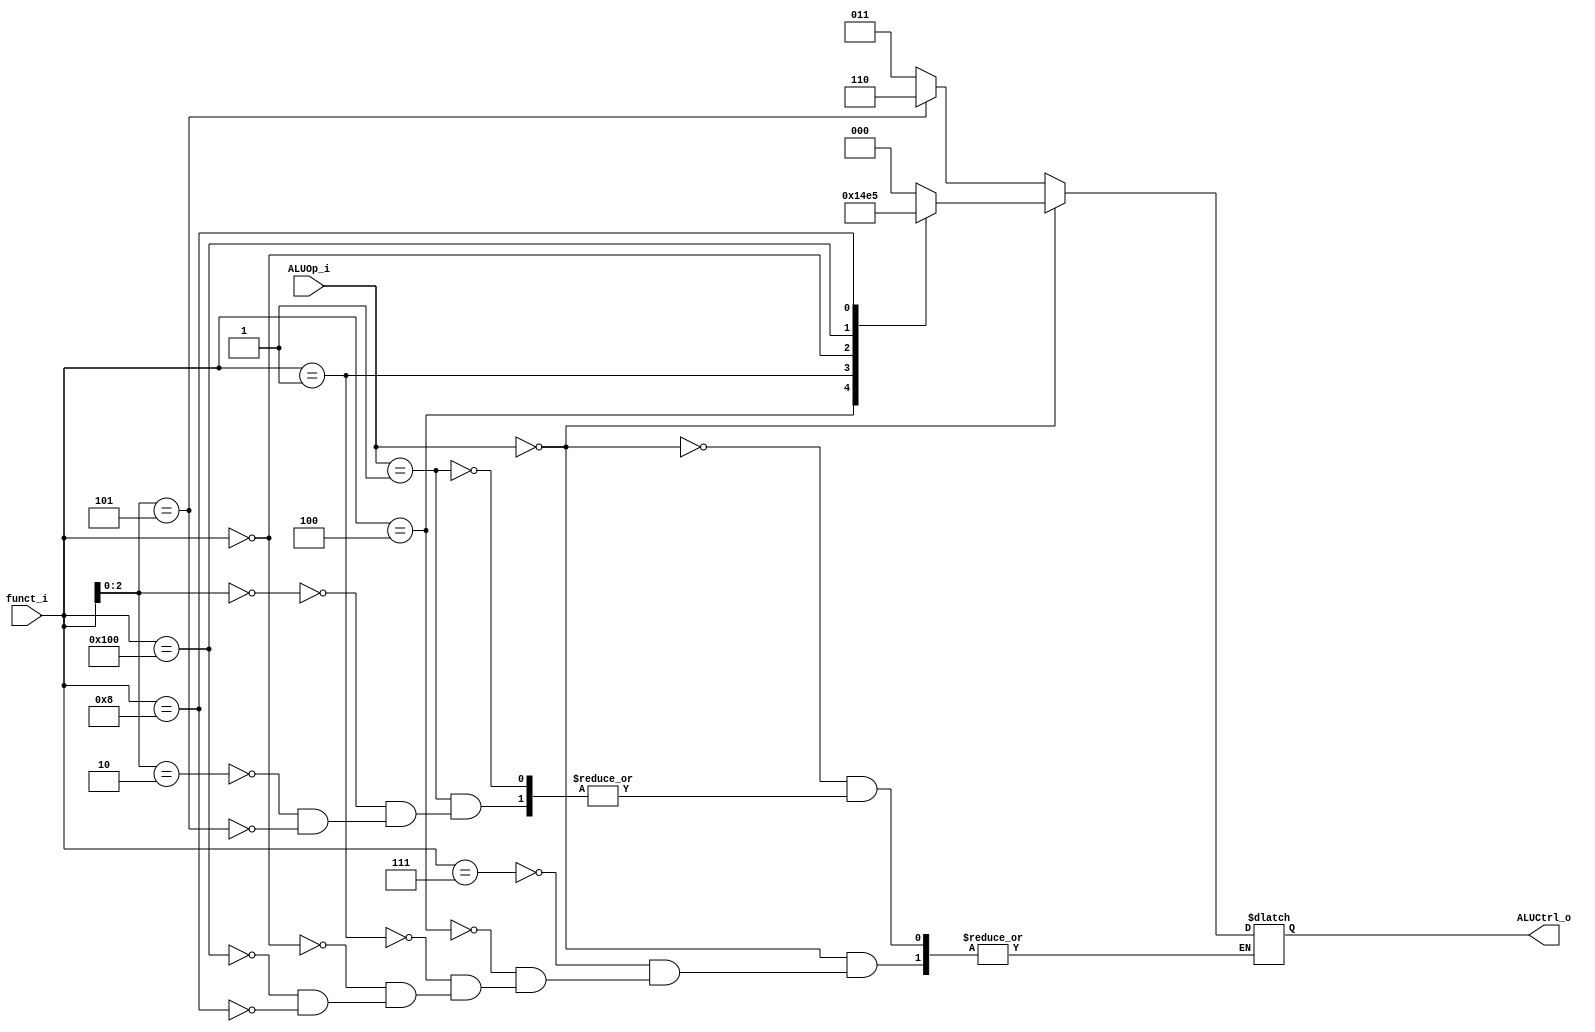
module ALU_Control(
  funct_i,
  ALUOp_i,
  ALUCtrl_o
);

input          [9:0] funct_i;
input          [1:0] ALUOp_i;
output reg     [2:0] ALUCtrl_o;

`define AND 3'b000
`define XOR 3'b001
`define SLL 3'b010
`define ADD 3'b011
`define SUB 3'b100
`define MUL 3'b101
`define SRAI 3'b110

`define ALUOP_RTYPE 2'b00
`define ALUOP_IMM 2'b01

`define  FUNCT_AND 10'b0000000_111
`define  FUNCT_XOR 10'b0000000_100
`define  FUNCT_SLL 10'b0000000_001
`define  FUNCT_ADD 10'b0000000_000
`define  FUNCT_SUB 10'b0100000_000
`define  FUNCT_MUL 10'b0000001_000
`define  FUNCT_ADDI_BEQ 3'b000
`define  FUNCT_SRAI 3'b101
`define  FUNCT_LSW 3'b010

always @ (*) begin
  if (ALUOp_i == `ALUOP_RTYPE) begin
    case (funct_i)
      `FUNCT_AND: ALUCtrl_o <= `AND;
      `FUNCT_XOR: ALUCtrl_o <= `XOR;
      `FUNCT_SLL: ALUCtrl_o <= `SLL;
      `FUNCT_ADD: ALUCtrl_o <= `ADD;
      `FUNCT_SUB: ALUCtrl_o <= `SUB;
      `FUNCT_MUL: ALUCtrl_o <= `MUL;
    endcase
  end
  else if (ALUOp_i == `ALUOP_IMM) begin
    case (funct_i[2:0])
      `FUNCT_ADDI_BEQ: ALUCtrl_o <= `ADD;
      `FUNCT_LSW: ALUCtrl_o <= `ADD;
      `FUNCT_SRAI: ALUCtrl_o <= `SRAI;
    endcase
  end
end

endmodule